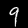
Digit: 9